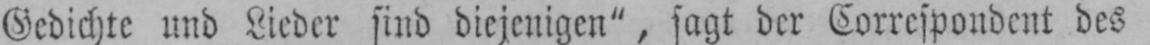
Gedichte und Lieder sind diejenigen“, sagt der Correspondent des